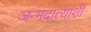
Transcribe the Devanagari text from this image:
जन्मदात्यांशी